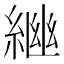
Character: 𦁚